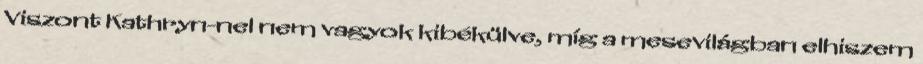
Viszont Kathryn-nel nem vagyok kibékülve, míg a mesevilágban elhiszem